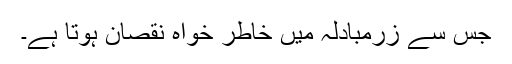
جس سے زرمبادلہ میں خاطر خواہ نقصان ہوتا ہے۔